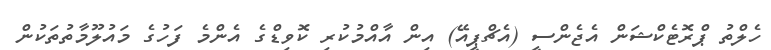
ހެލްތު ޕްރޮޓެކްޝަން އެޖެންސީ (އެޗްޕީއޭ) އިން އާއްމުކުރި ކޮވިޑްގެ އެންމެ ފަހުގެ މައުލޫމާތުތަކުން